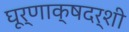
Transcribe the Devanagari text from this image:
घूर्णाक्षदर्शी